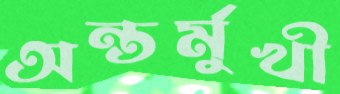
অন্তর্মুখী